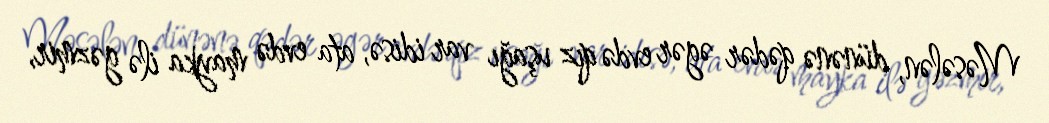
Məsələn, dünənə qədər əgər evdə qız uşağı var idisə, ata evdə mayka ilə gəzmir,